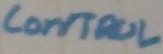
Text: control